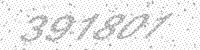
Solution: 391801